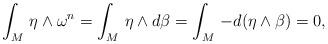
LaTeX: \begin{align*}\int_M \,\eta\wedge \omega^n=\int_M\,\eta\wedge d\beta=\int_M\, -d(\eta\wedge \beta)=0,\end{align*}